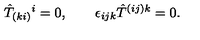
\hat { T } _ { ( k i ) } { } ^ { i } = 0 , \qquad \epsilon _ { i j k } \hat { T } ^ { ( i j ) k } = 0 .